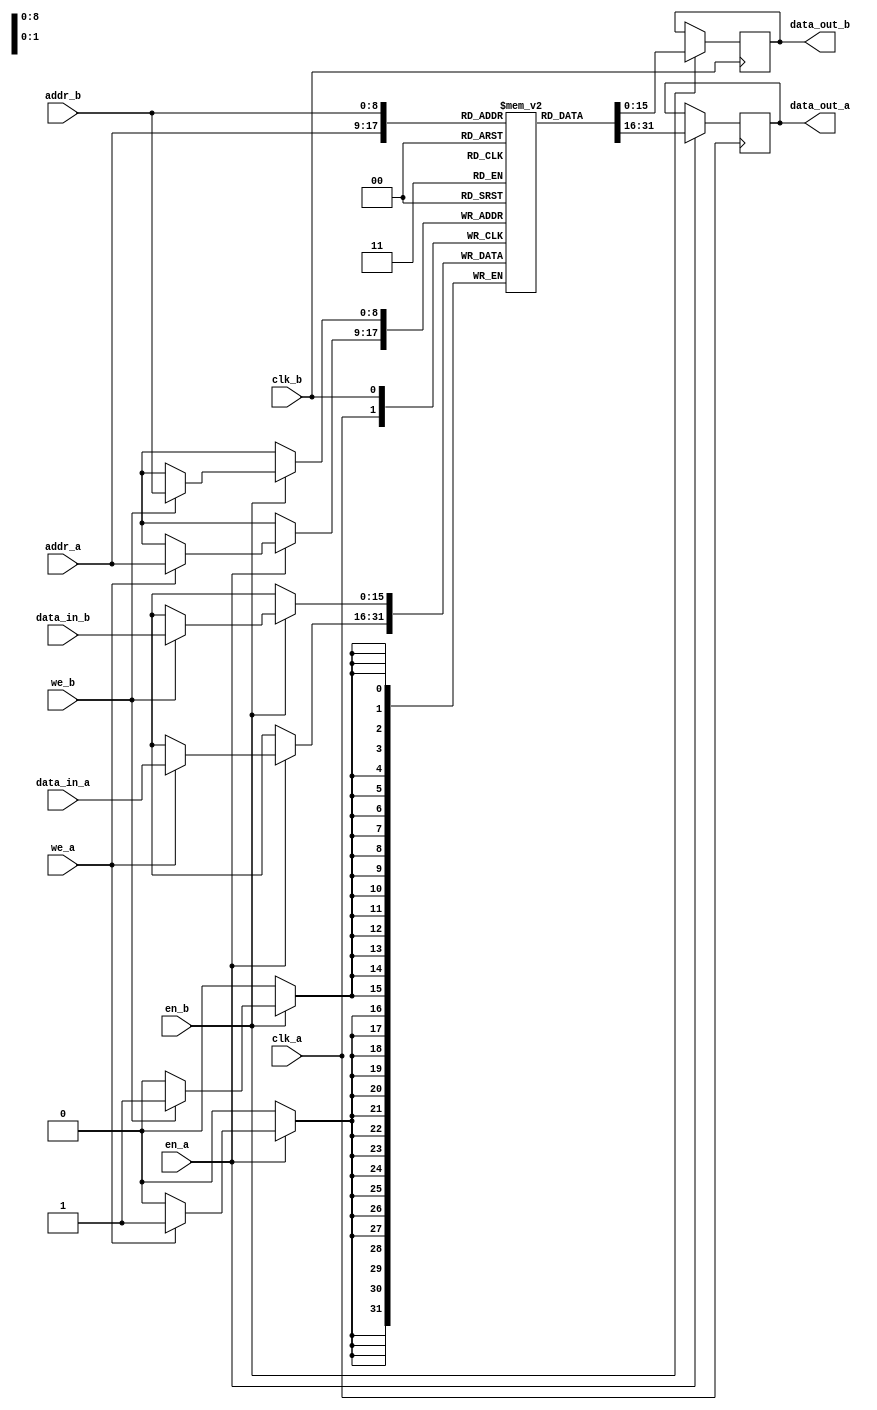
module bram_dual
(
	// port A
	clk_a,
	data_in_a,
	addr_a,
	we_a,
	en_a,
	data_out_a,
	// port B
	clk_b,
	data_in_b,
	addr_b,
	we_b,
	en_b,
	data_out_b
);

input			clk_a;
input	[15:0]	data_in_a;
input	[8:0]	addr_a;
input			we_a;
input			en_a;
input			clk_b;
input	[15:0]	data_in_b;
input	[8:0]	addr_b;
input			we_b;
input			en_b;
output	[15:0]	data_out_a;
output	[15:0]	data_out_b;

parameter RAM_WIDTH = 16;
parameter RAM_ADDR_BITS = 9;

//(* RAM_STYLE="{AUTO | BLOCK |  BLOCK_POWER1 | BLOCK_POWER2}" *)
reg [RAM_WIDTH-1:0] bram [(2**RAM_ADDR_BITS)-1:0];
reg [RAM_WIDTH-1:0] data_out_a, data_out_b;

wire [RAM_ADDR_BITS-1:0] addr_a, addr_b;
wire [RAM_WIDTH-1:0] data_in_a, data_in_b;

always @ (posedge clk_a)
	if (en_a) begin
		if (we_a)
			bram[addr_a] <= data_in_a;
		data_out_a <= bram[addr_a];
	end
//
  
always @ (posedge clk_b)
	if (en_b) begin
		if (we_b)
			bram[addr_b] <= data_in_b;
		data_out_b <= bram[addr_b];
	end
//

endmodule